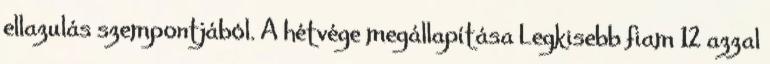
ellazulás szempontjából. A hétvége megállapítása Legkisebb fiam 12 azzal